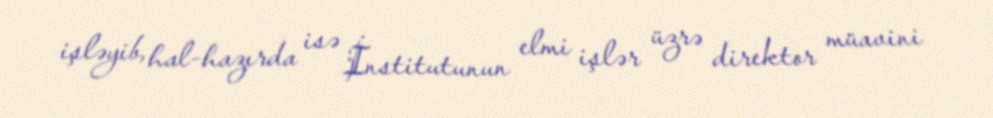
işləyib, hal-hazırda isə İnstitutunun elmi işlər üzrə direktor müavini